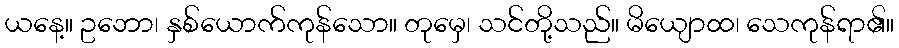
ယနေ့။ ဥဘော၊ နှစ်ယောက်ကုန်သော။ တုမှေ၊ သင်တို့သည်။ မိယျောထ၊ သေကုန်ရာ၏။